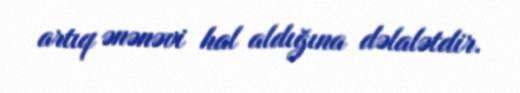
artıq ənənəvi hal aldığına dəlalətdir.